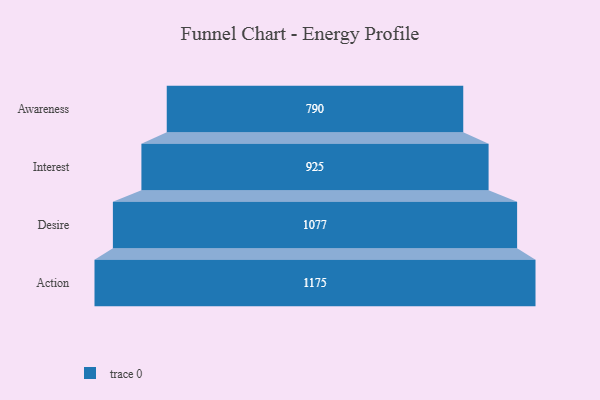
{"axis": {"x": "Stage", "y": "Value"}, "legend": [""], "data": [{"x": "Awareness", "y": 790.0, "type": ""}, {"x": "Interest", "y": 925.0, "type": ""}, {"x": "Desire", "y": 1077.0, "type": ""}, {"x": "Action", "y": 1175.0, "type": ""}]}